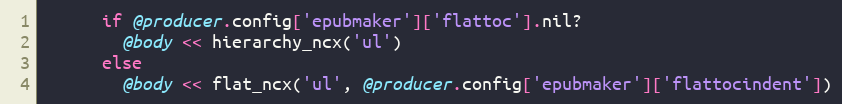
Language: Ruby
      if @producer.config['epubmaker']['flattoc'].nil?
        @body << hierarchy_ncx('ul')
      else
        @body << flat_ncx('ul', @producer.config['epubmaker']['flattocindent'])